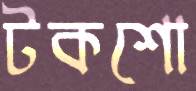
টকশো